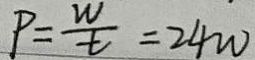
P = \frac { w } { t } = 2 4 w